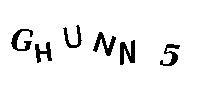
GHUNN5